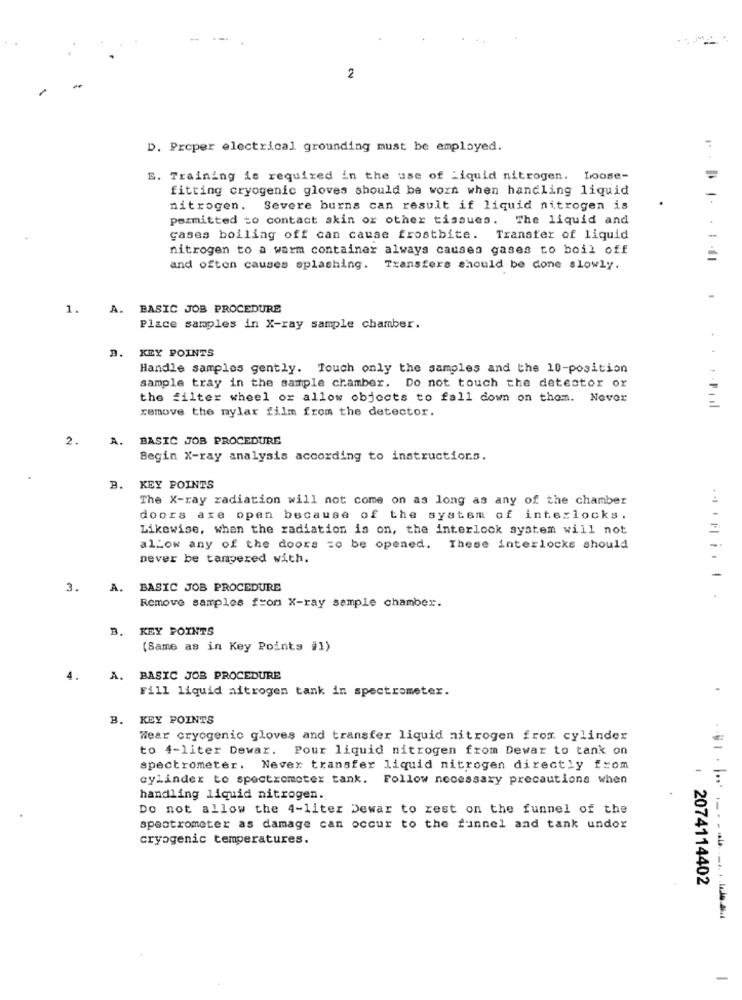
2
D. Proper electrical grounding must be employed.
:
B. Training is required in the use of Liquid nitrogen. Loose-
fitting cryogenic gloves should be worn when handling liquid
nitrogen. Severe burns can result if liquid nitrogen is
permitted to contact skin or other tissues. The liquid and
cases boiling off can cause frostbite.
Transfer of liquid
nitrogen to a warm container always causes gases to boil off
and often causes splashing. Transfers should be done slowly.
1.
A.
BASIC JOB PROCEDURE
Place samples in X-ray sample chamber.
KEY POINTS
Handle samples gently. Touch only the samples and the 10-position
sample tray in the sample chamber. Do not touch the detector or
the filter wheel or allow objects to fall down on them. Never
remove the mylar film from the detector.
2.
A.
BASIC JOB PROCEDURE
Begin X-ray analysis according to instructions.
B. KEY POINTS
The X-ray radiation will not come on as long as any of the chamber
doors are open because of the system of interlocks.
Likewise, when the radiation is on, the interlock system will not
allow any of the doors zo be opened. These interlocks should
never be tampered with.
3.
A. BASIC JOB PROCEDURE
Remove samples from X-ray semple chamber.
B. KEY POINTS
(Same as in Key Points #1)
4.
A. BASIC JOB PROCEDURE
Fill liquid aitrogen tank in spectrometer.
B. KEY POINTS
Wear cryogenic gloves and transfer liquid nitrogen from cylinder
to 4-liter Dewar. Pour liquid nitrogen from Dewar to tank on
spectrometer. Never transfer liquid nitrogen directly from
cylinder to spectrometer tank. Follow necessary precautions when
handling liquid nitrogen.
Do not allow the 4-liter Dewar to rest on the funnel of the
spectrometer as damage can occur to the funnel and tank undor
cryogenic temperatures.
: 2074114402